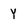
Character: Y